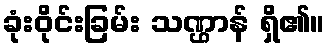
ခုံးဝိုင်းခြမ်း သဏ္ဌာန် ရှိ၏။